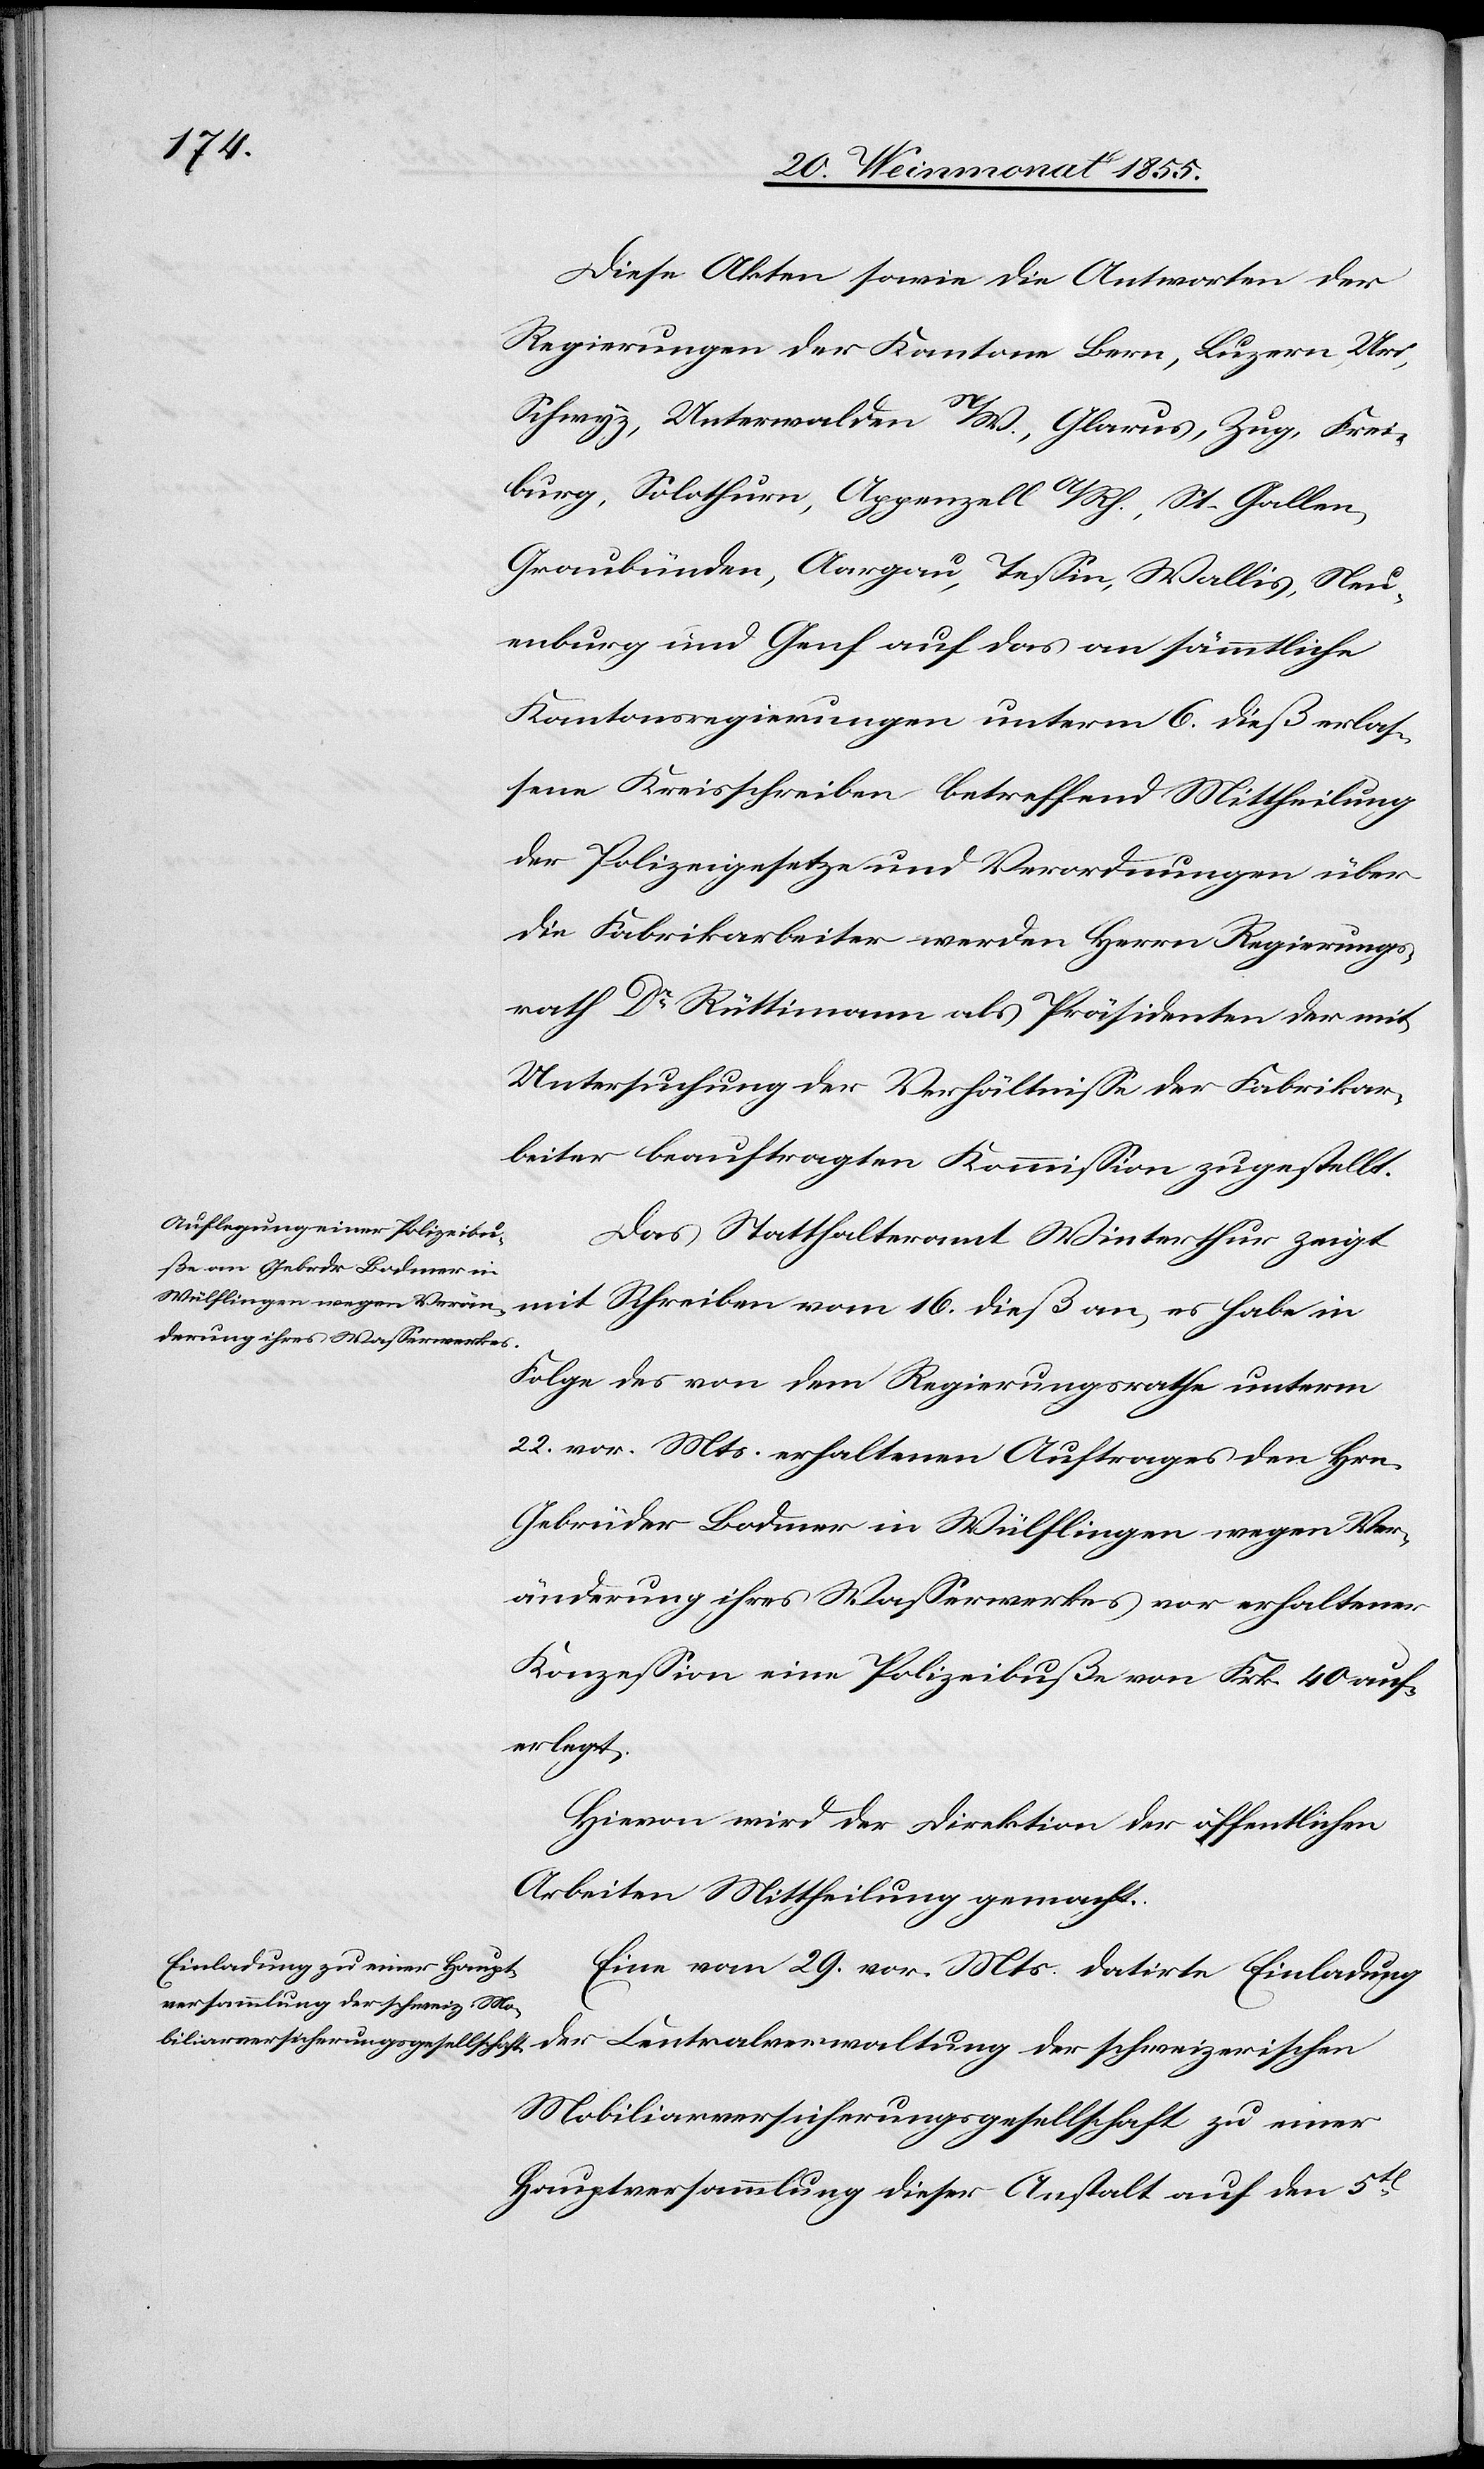
Diese Akten sowie die Antworten der
Regierungen der Kantone Bern, Luzern, Uri,
Schwyz, Unterwalden N/W., Glarus, Zug, Frei¬
burg, Solothurn, Appenzell A/Rh., St. Gallen,
Graubünden, Aargau, Tessin, Wallis, Neu¬
enburg und Genf auf das an sämmtliche
Kantonsregierungen unterm 6. dieß erlas¬
sene Kreisschreiben betreffend Mittheilung
der Polizeigesetze und Verordnungen über
die Fabrikarbeiter werden Herrn Regierungs¬
rath Dr Rüttimann als Präsidenten der mit
Untersuchung der Verhältnisse der Fabrikar¬
beiter beauftragten Kommission zugestellt.
Das Statthalteramt Winterthur zeigt
mit Schreiben vom 16. dieß an, es habe in
Folge des von dem Regierungsrathe unterm
22. vor. Mts. erhaltenen Auftrages den Hrn.
Gebrüder Bodmer in Wülflingen wegen Ver¬
änderung ihres Wasserwerkes vor erhaltener
Konzession eine Polizeibuße von Frk. 40 auf¬
erlegt.
Hievon wird der Direktion der öffentlichen
Arbeiten Mittheilung gemacht.
Eine vom 29. vor. Mts. datirte Einladung
der Centralverwaltung der schweizerischen
Mobiliarversicherungsgesellschaft zu einer
Hauptversammlung dieser Anstalt auf den 5t[en]